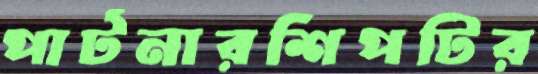
পার্টনারশিপটির